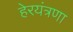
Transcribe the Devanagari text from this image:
हेरयंत्रणा